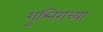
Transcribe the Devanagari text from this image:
शुश्निगच्या